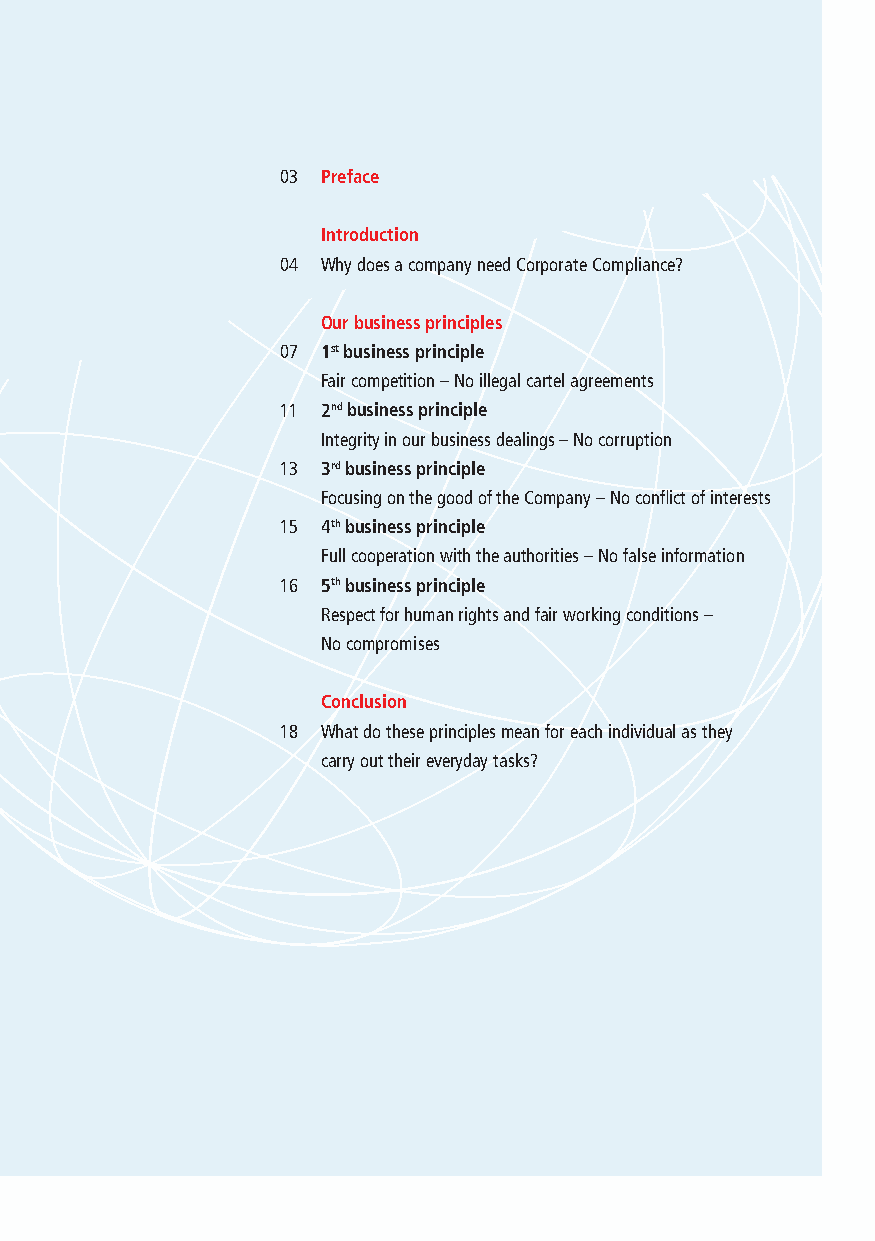
03 Preface
 Introduction
 04 Why does a company need Corporate Compliance?
 Our business principles
 07 1st business principle
 Fair competition – No illegal cartel agreements
 11 2nd business principle
 Integrity in our business dealings – No corruption
 13 3rd business principle
 Focusing on the good of the Company – No conflict of interests
 15 4th business principle
 Full cooperation with the authorities – No false information
 16 5th business principle
 Respect for human rights and fair working conditions –
 No compromises
 Conclusion
 18 W hat do these principles mean for each individual as they
 carry out their everyday tasks?